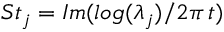
S t _ { j } = I m ( l o g ( \lambda _ { j } ) / 2 \pi \, t )